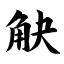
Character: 觖